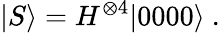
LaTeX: \vert S\rangle=H^{\otimes 4}\vert 0000\rangle~.